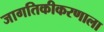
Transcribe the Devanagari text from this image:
जागतिकीकरणाला